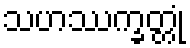
သဟဿက္ခတ္တုံ